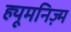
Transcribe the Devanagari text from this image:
ह्यूमनिज़्म